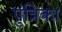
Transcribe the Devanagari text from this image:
पुत्रिका